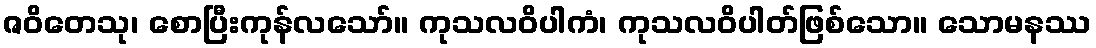
ဇဝိတေသု၊ စောပြီးကုန်လသော်။ ကုသလဝိပါကံ၊ ကုသလဝိပါတ်ဖြစ်သော။ သောမနဿ